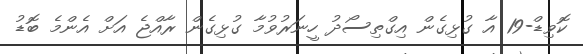
ކޮވިޑް-19 އާ ގުޅިގެން އިގްތިސޯދު ހީނަރުވުމާ ގުޅިގެން ރާއްޖެ އަށް އެންމެ ބޮޑު